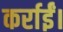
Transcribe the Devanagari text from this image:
कर्राईं।